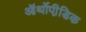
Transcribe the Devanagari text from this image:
ऑर्थोपी़डिक